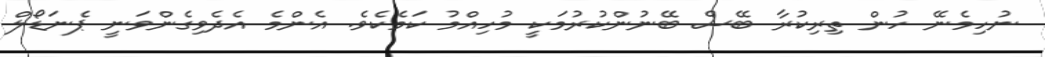
ނުހިމެނޭ ހުން ތިރިކުރާ ބޭސް ބޭނުންކުރުމަކީ މުހިއްމު ކަމެކެވެ. އެންމެ އެދެވިގެންވަނީ ޕެނަޑޯލް